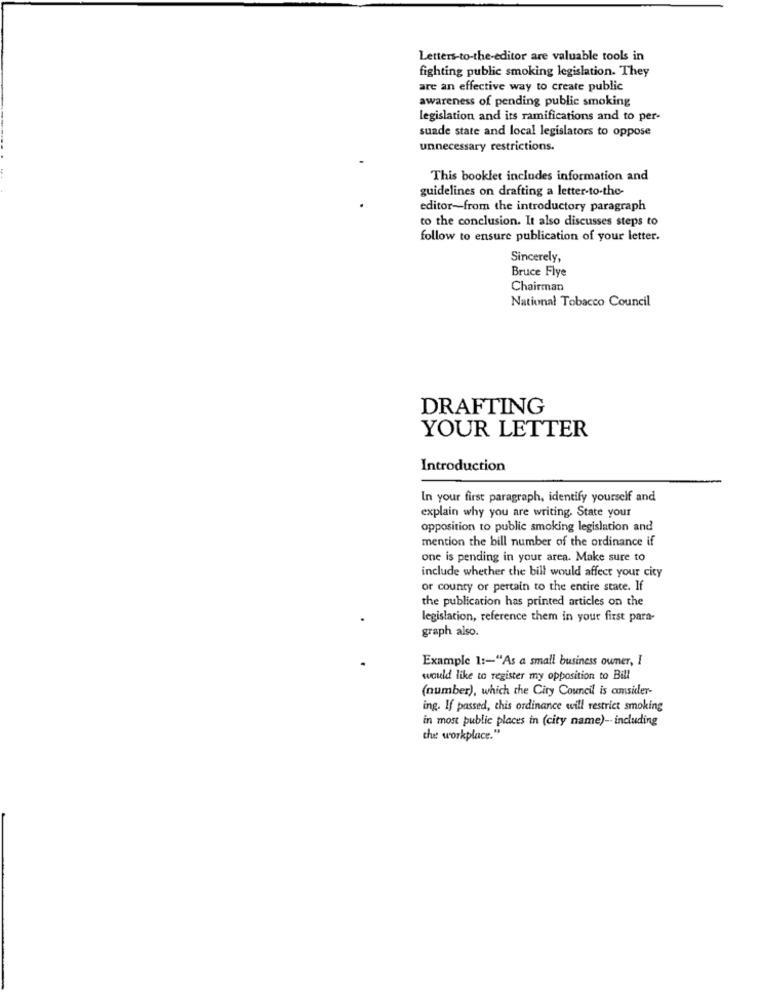
Letters-to-the-editor are valuable tools in
fighting public smoking legislation. They
are an effective way to create public
awareness of pending public smoking
legislation and its ramifications and to per-
suade state and local legislators to oppose
unnecessary restrictions.
This booklet includes information and
guidelines on drafting a letter-to-the-
editor-from the introductory paragraph
to the conclusion. It also discusses steps to
follow to ensure publication of your letter.
Sincerely,
Bruce Flye
Chairman
National Tobacco Council
DRAFTING
YOUR LETTER
Introduction
In your first paragraph, identify yourself and
explain why you are writing. State your
opposition to public smoking legislation and
mention the bill number of the ordinance if
one is pending in your area. Make sure to
include whether the bill would affect your city
or county or pertain to the entire state. If
the publication has printed articles on the
legislation, reference them in your first para-
graph also.
Example 1 :- "As a small business owner, I
would like to register my opposition to Bill
(number), which the City Council is consider-
ing. If passed, this ordinance will restrict smoking
in most public places in (city name) -- including
the workplace."